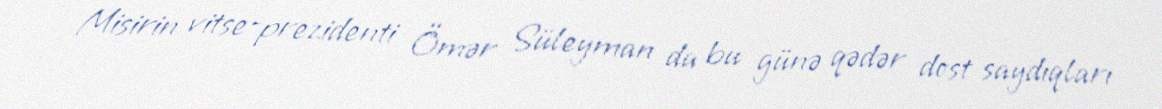
Misirin vitse-prezidenti Ömər Süleyman da bu günə qədər dost saydıqları